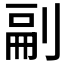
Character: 𭃴